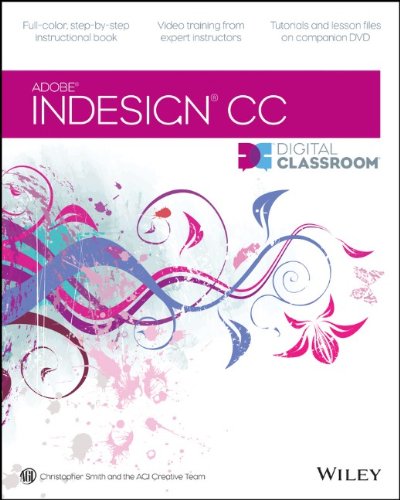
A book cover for InDesign CC Digital Classroom; Christopher Smith; Computers & Technology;